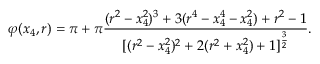
\varphi ( x _ { 4 } , r ) = \pi + \pi { \frac { ( r ^ { 2 } - x _ { 4 } ^ { 2 } ) ^ { 3 } + 3 ( r ^ { 4 } - x _ { 4 } ^ { 4 } - x _ { 4 } ^ { 2 } ) + r ^ { 2 } - 1 } { [ ( r ^ { 2 } - x _ { 4 } ^ { 2 } ) ^ { 2 } + 2 ( r ^ { 2 } + x _ { 4 } ^ { 2 } ) + 1 ] ^ { \frac { 3 } { 2 } } } } .